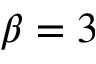
\beta = 3